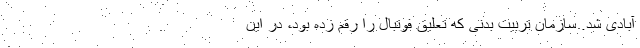
آبادی شد. سازمان تربیت بدنی که تعلیق فوتبال را رقم زده بود، در این